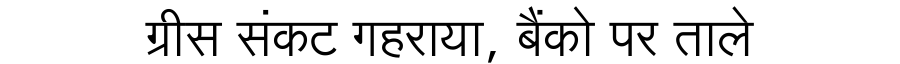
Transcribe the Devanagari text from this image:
ग्रीस संकट गहराया, बैंको पर ताले